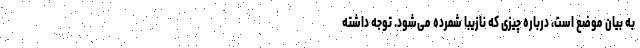
به بیان موضع است، درباره‌ چیزی که نازیبا شمرده می‌شود. توجه داشته